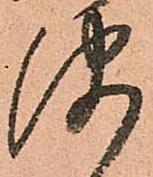
海